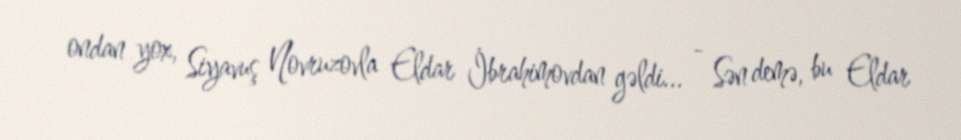
ondan yox, Siyavuş Novruzovla Eldar İbrahimovdan gəldi... - Sən demə, bu Eldar